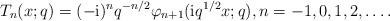
LaTeX: \begin{align*} T_{n}(x;q)=(-{\rm i})^{n}q^{-n/2}\varphi_{n+1}({\rm i}q^{1/2}x;q), n=-1,0,1,2,\dots. \end{align*}